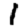
Digit: 1